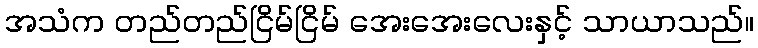
အသံက တည်တည်ငြိမ်ငြိမ် အေးအေးလေးနှင့် သာယာသည်။